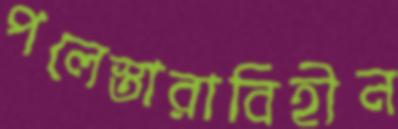
পলেস্তারাবিহীন